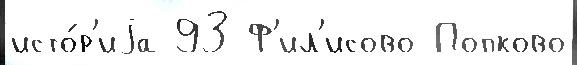
исто́р'иjа 93 Ф'ил'исово Попково